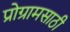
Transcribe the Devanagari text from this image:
प्रोग्रामसाठी